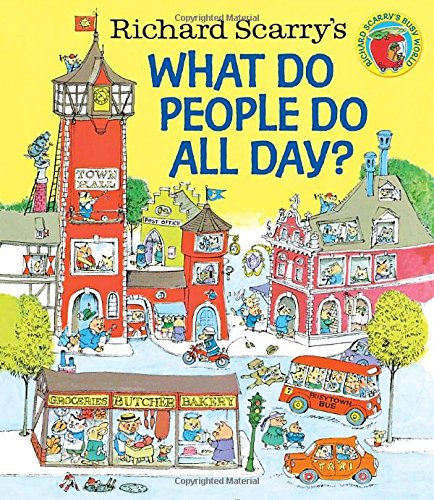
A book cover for Richard Scarry's What Do People Do All Day? (Richard Scarry's Busy World); Richard Scarry; Children's Books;